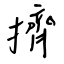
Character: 擠